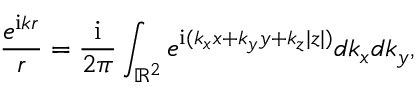
\frac { e ^ { \mathrm { i } k r } } { r } = \frac { \mathrm { i } } { 2 \pi } \int _ { \mathbb { R } ^ { 2 } } e ^ { \mathrm { i } ( k _ { x } x + k _ { y } y + k _ { z } | z | ) } d k _ { x } d k _ { y } ,